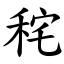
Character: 秺